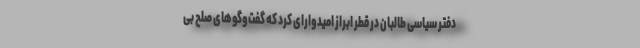
دفتر سیاسی طالبان در قطر ابراز امیدوارای کرد که گفت‌وگوهای صلح بی